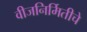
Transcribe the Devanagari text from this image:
वीजनिर्मितीचे